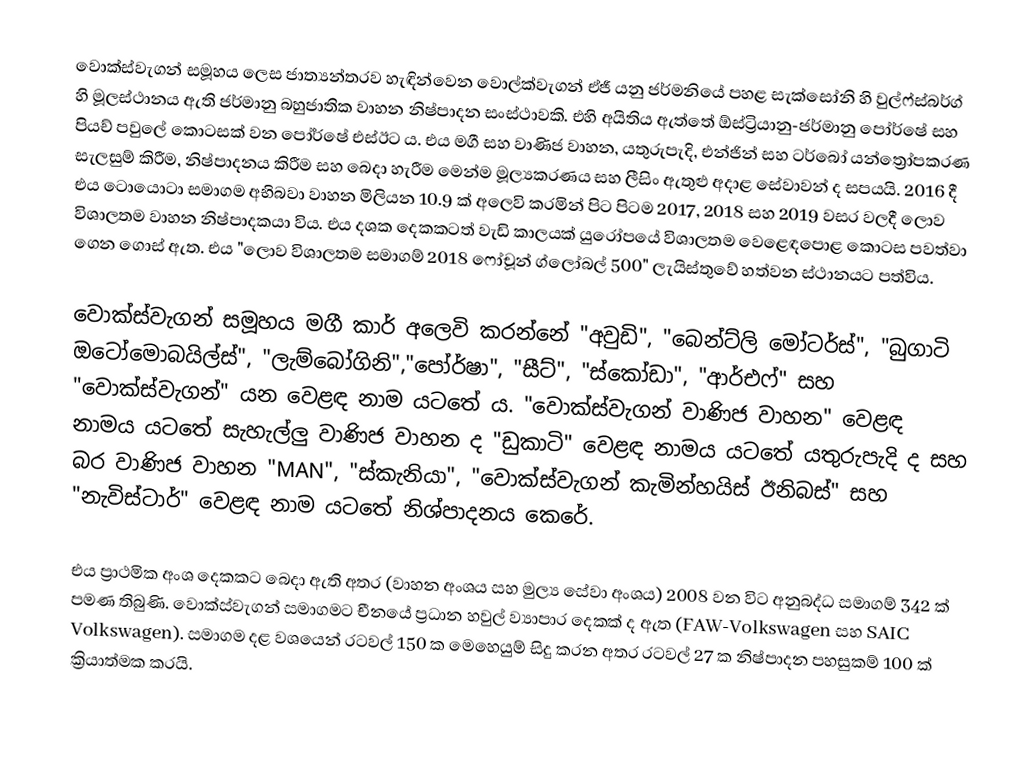
වොක්ස්වැගන් සමූහය ලෙස ජාත්‍යන්තරව හැඳින්වෙන වොල්ක්වැගන් ඒජී යනු ජර්මනියේ පහළ සැක්සෝනි හි වුල්ෆ්ස්බර්ග් හි මූලස්ථානය ඇති ජර්මානු බහුජාතික වාහන නිෂ්පාදන සංස්ථාවකි. එහි අයිතිය ඇත්තේ ඕස්ට්‍රියානු-ජර්මානු පෝර්ෂේ සහ පියච් පවුලේ කොටසක් වන පෝර්ෂේ එස්ඊට ය. එය මගී සහ වාණිජ වාහන, යතුරුපැදි, එන්ජින් සහ ටර්බෝ යන්ත්‍රෝපකරණ සැලසුම් කිරීම, නිෂ්පාදනය කිරීම සහ බෙදා හැරීම මෙන්ම මූල්‍යකරණය සහ ලීසිං ඇතුළු අදාළ සේවාවන් ද සපයයි. 2016 දී එය ටොයොටා සමාගම අභිබවා වාහන මිලියන 10.9 ක් අලෙවි කරමින් පිට පිටම  2017, 2018 සහ 2019 වසර වලදී ලොව විශාලතම වාහන නිෂ්පාදකයා විය. එය දශක දෙකකටත් වැඩි කාලයක් යුරෝපයේ විශාලතම වෙළෙඳපොළ කොටස පවත්වා ගෙන ගොස් ඇත. එය "ලොව විශාලතම සමාගම් 2018 ෆෝචූන් ග්ලෝබල් 500" ලැයිස්තුවේ හත්වන ස්ථානයට පත්විය.

වොක්ස්වැගන් සමූහය මගී කාර් අලෙවි කරන්නේ "අවුඩි", "බෙන්ට්ලි මෝටර්ස්", "බුගාටි ඔටෝමොබයිල්ස්", "ලැම්බෝගිනි","පෝර්ෂා", "සීට්", "ස්කෝඩා", "ආර්එෆ්" සහ "වොක්ස්වැගන්" යන වෙළඳ නාම යටතේ ය. "වොක්ස්වැගන් වාණිජ වාහන" වෙළඳ නාමය යටතේ සැහැල්ලු වාණිජ වාහන ද "ඩුකාටි" වෙළඳ නාමය යටතේ යතුරුපැදි  ද සහ බර වාණිජ වාහන "MAN", "ස්කැනියා", "වොක්ස්වැගන් කැමින්හයිස් ඊනිබස්" සහ "නැවිස්ටාර්" වෙළඳ නාම යටතේ නිශ්පාදනය කෙරේ.

එය ප්‍රාථමික අංශ දෙකකට බෙදා ඇති අතර  (වාහන අංශය සහ මුල්‍ය සේවා අංශය) 2008 වන විට අනුබද්ධ සමාගම් 342 ක් පමණ තිබුණි. වොක්ස්වැගන් සමාගමට චීනයේ ප්‍රධාන හවුල් ව්‍යාපාර දෙකක් ද ඇත (FAW-Volkswagen සහ SAIC Volkswagen). සමාගම දළ වශයෙන් රටවල් 150 ක මෙහෙයුම් සිදු කරන අතර රටවල් 27 ක නිෂ්පාදන පහසුකම් 100 ක් ක්‍රියාත්මක කරයි.